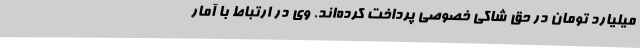
میلیارد تومان در حق شاکی خصوصی پرداخت کرده‌اند. وی در ارتباط با آمار